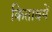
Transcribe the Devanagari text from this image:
किताबमें